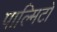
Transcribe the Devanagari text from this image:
पाल्मिटो